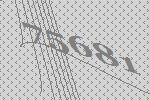
75681